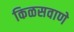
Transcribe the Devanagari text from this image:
किळसवाणे